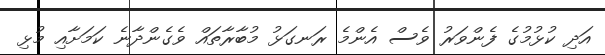
އަދި ކުޅުމުގެ ފެންވަރު ވެސް އެންމެ ރަނގަޅު މުބާރާތައް ވެގެންދާނެ ކަމަށާއި މުޅި